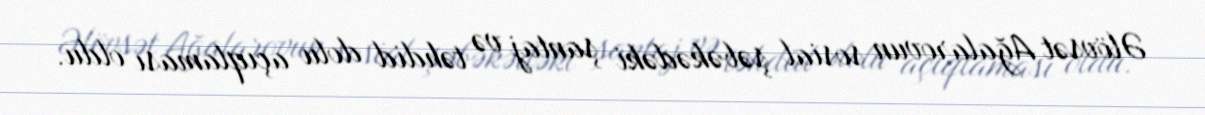
Əlövsət Ağalarovun sosial şəbəkədəki şantaj və təhdid dolu açıqlaması oldu.